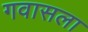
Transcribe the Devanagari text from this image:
गवासला